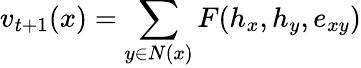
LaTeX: v_{t+1}(x)=\sum_{y\in N(x)}F(h_{x},h_{y},e_{xy})